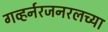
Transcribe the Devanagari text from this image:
गव्हर्नरजनरलच्या